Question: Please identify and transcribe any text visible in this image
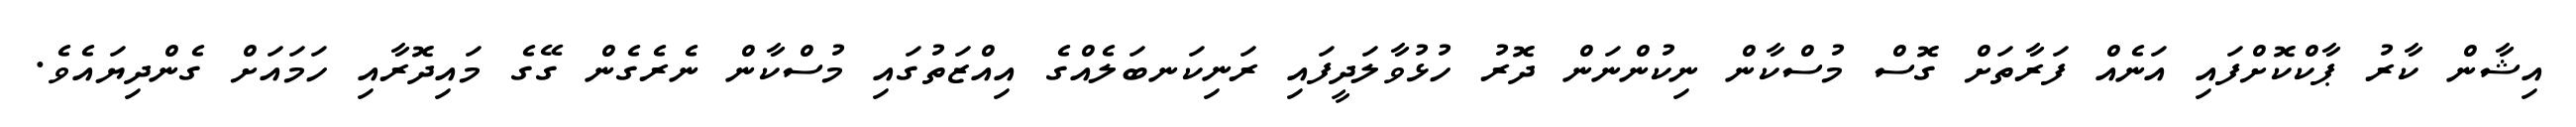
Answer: އިޝާން ކާރު ޕާކްކޮށްފައި އަނެއް ފަރާތަށް ގޮސް މުސްކާން ނިކުންނަން ދޮރު ހުޅުވާލަދީފައި ރަނިކަނބަލެއްގެ އިއްޒަތުގައި މުސްކާން ނެރެގެން ގޭގެ މައިދޮރާއި ހަމައަށް ގެންދިޔައެވެ.